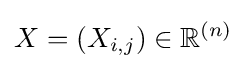
X=(X_{i,j})\in \mathbb {R} ^{(n)}